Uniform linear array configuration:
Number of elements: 4
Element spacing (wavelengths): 0.75
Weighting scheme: cosine
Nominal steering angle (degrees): -30
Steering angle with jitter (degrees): -28.8
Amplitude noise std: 0.05
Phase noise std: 0.05

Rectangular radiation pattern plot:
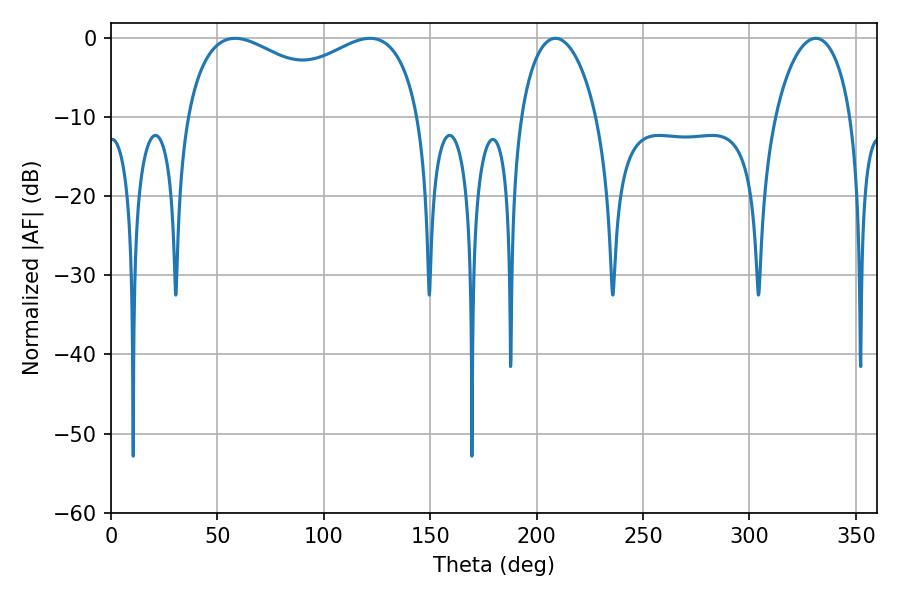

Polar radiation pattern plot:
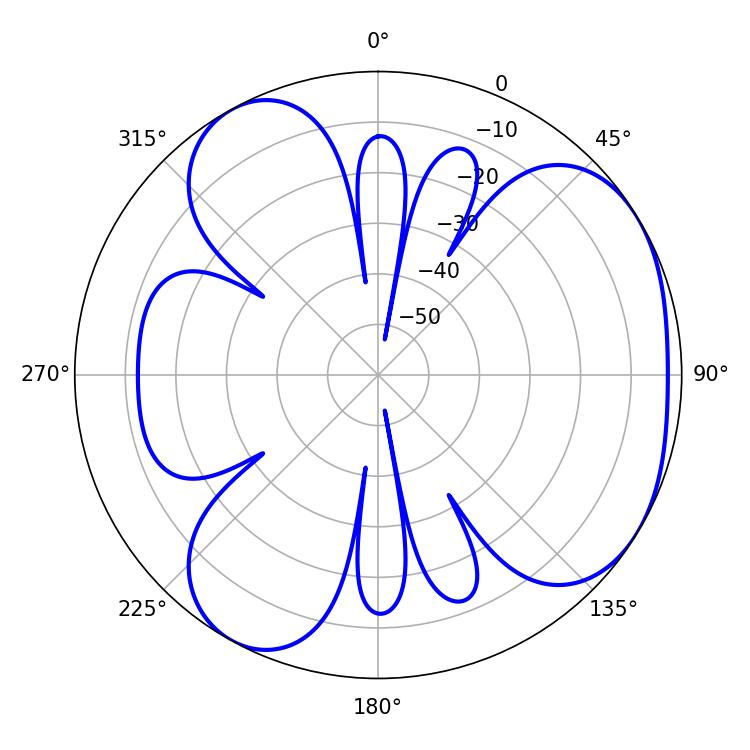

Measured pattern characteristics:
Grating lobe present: TRUE
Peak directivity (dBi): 4.322
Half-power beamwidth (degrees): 91.8
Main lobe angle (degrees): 58.32